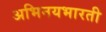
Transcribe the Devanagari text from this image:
अभिनयभारती